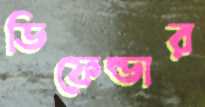
ডিফেল্ডার